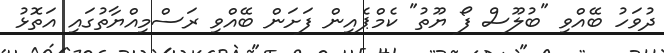
ދުވަހު ބޭއްވި "ބުލޫސް ފޯ ޔޫތު" ކެމްޕެއިން ފަށަން ބޭއްވި ރަސްމިއްޔާތުގައި އަތޮޅު